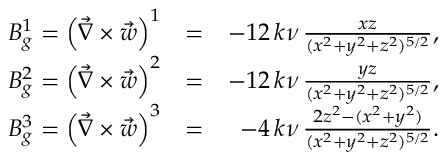
\begin{array} { r l r } { B _ { g } ^ { 1 } = \left( \vec { \nabla } \times \vec { w } \right) ^ { 1 } } & { = } & { - 1 2 \, k \nu \, \frac { x z } { ( x ^ { 2 } + y ^ { 2 } + z ^ { 2 } ) ^ { 5 / 2 } } , } \\ { B _ { g } ^ { 2 } = \left( \vec { \nabla } \times \vec { w } \right) ^ { 2 } } & { = } & { - 1 2 \, k \nu \, \frac { y z } { ( x ^ { 2 } + y ^ { 2 } + z ^ { 2 } ) ^ { 5 / 2 } } , } \\ { B _ { g } ^ { 3 } = \left( \vec { \nabla } \times \vec { w } \right) ^ { 3 } } & { = } & { - 4 \, k \nu \, \frac { 2 z ^ { 2 } - ( x ^ { 2 } + y ^ { 2 } ) } { ( x ^ { 2 } + y ^ { 2 } + z ^ { 2 } ) ^ { 5 / 2 } } . } \end{array}